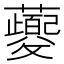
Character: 𬟡